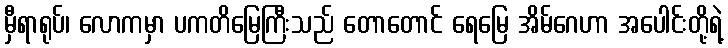
မှီရာရုပ်၊ လောကမှာ ပကတိမြေကြီးသည် တောတောင် ရေမြေ အိမ်ဂေဟာ အပေါင်းတို့ရဲ့